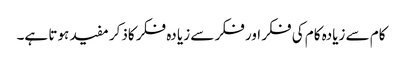
کام سے زیادہ کام کی فکر اور فکر سے زیا دہ فکر کاذکر مفید ہوتا ہے۔